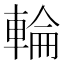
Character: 輪